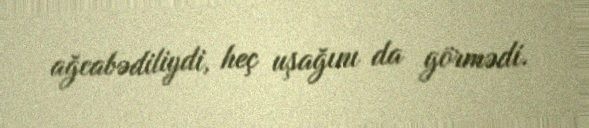
ağcabədiliydi, heç uşağını da görmədi.